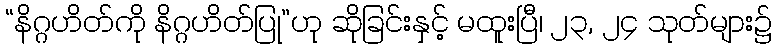
“နိဂ္ဂဟိတ်ကို နိဂ္ဂဟိတ်ပြု”ဟု ဆိုခြင်းနှင့် မထူးပြီ၊ ၂၃, ၂၄ သုတ်များ၌